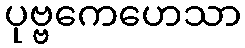
ပုဗ္ဗကေဟေသာ